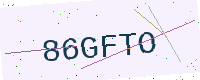
Text: 86GFTO